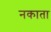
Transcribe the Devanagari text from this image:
नकाता